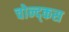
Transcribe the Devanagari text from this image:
चोन्द्कस